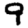
Digit: 9